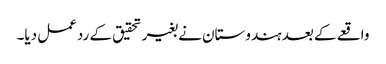
واقعے کے بعد ہندوستان نے بغیر تحقیق کے ردعمل دیا۔